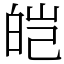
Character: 皑